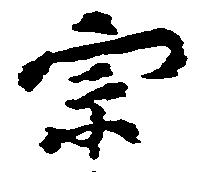
宗